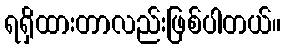
ရရှိထားတာလည်းဖြစ်ပါတယ်။